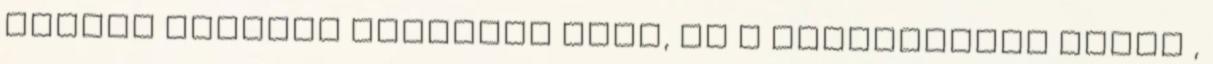
szabad félórát magamnak igen, ez a leghúzósabb része ,